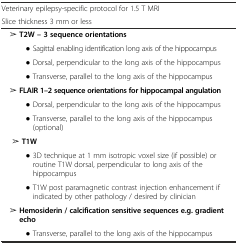
| Veterinary epilepsy-specific protocol for 1.5 T MRI |  |
 | Slice thickness 3 mm or less |  |
 | --- | --- |
 | ➢ T2W – 3 sequence orientations |  |
 | ● Sagittal enabling identification long axis of the hippocampus |  |
 | ● Dorsal, perpendicular to the long axis of the hippocampus |  |
 | ● Transverse, parallel to the long axis of the hippocampus |  |
 | ➢ FLAIR 1–2 sequence orientations for hippocampal angulation |  |
 | ● Dorsal, perpendicular to the long axis of the hippocampus |  |
 | ● Transverse, parallel to the long axis of the hippocampus (optional) |  |
 | ➢ T1W |  |
 | ● 3D technique at 1 mm isotropic voxel size (if possible) or routine T1W dorsal, perpendicular to long axis of the hippocampus |  |
 | ● T1W post paramagnetic contrast injection enhancement if indicated by other pathology / desired by clinician |  |
 | ➢ Hemosiderin / calcification sensitive sequences e.g. gradient echo |  |
 | ● Transverse, parallel to the long axis of the hippocampus |  |